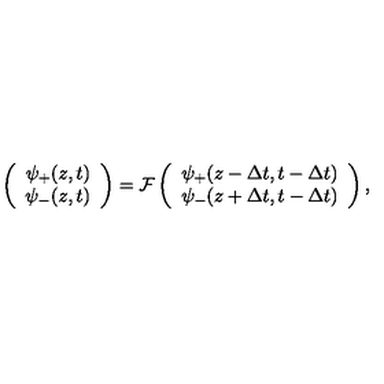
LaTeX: \left( \begin{array} { c } { \psi _ { + } ( z , t ) } \\ { \psi _ { - } ( z , t ) } \\ \end{array} \right) = \mathcal { F } \left( \begin{array} { c } { \psi _ { + } ( z - \Delta t , t - \Delta t ) } \\ { \psi _ { - } ( z + \Delta t , t - \Delta t ) } \\ \end{array} \right) ,